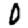
Digit: 0